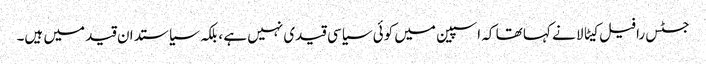
جسٹس رافیل کیٹالا نے کہا تھا کہ اسپین میں کوئی سیاسی قیدی نہیں ہے ، بلکہ سیاستدان قید میں ہیں۔